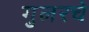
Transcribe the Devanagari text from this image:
गुलरचे